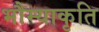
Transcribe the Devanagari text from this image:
भौम्याकृति